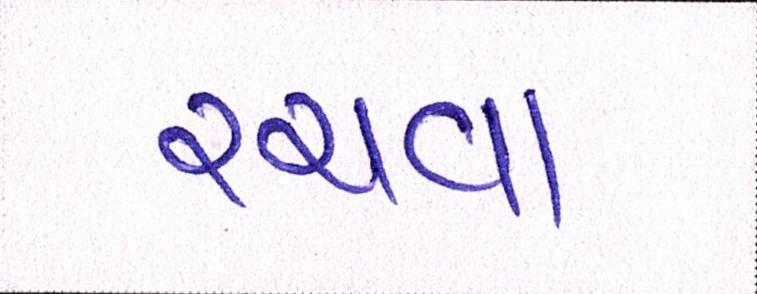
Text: રચવા